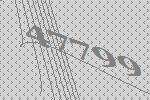
47799